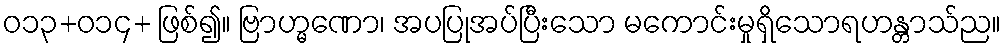
ဝ၁၃+၀၁၄+ ဖြစ်၍။ ဗြာဟ္မဏော၊ အပပြုအပ်ပြီးသော မကောင်းမှုရှိသောရဟန္တာသ်ည။